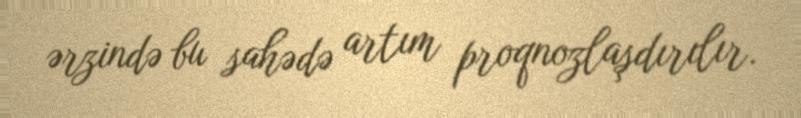
ərzində bu sahədə artım proqnozlaşdırılır.